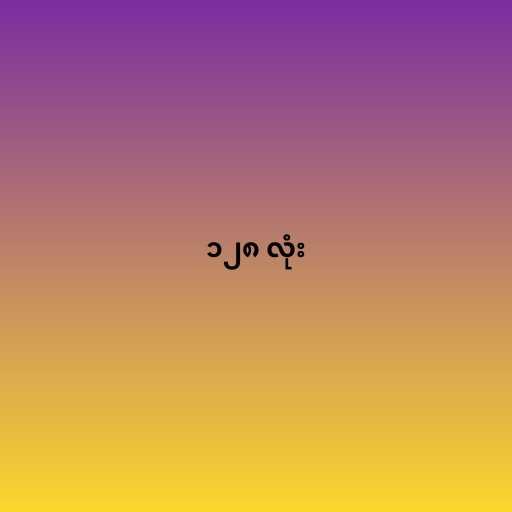
၁၂၈ လုံး